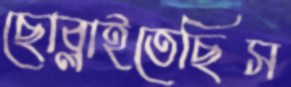
ছোব্‌লাইতেছিস